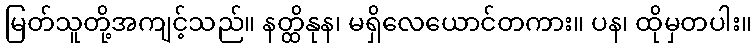
မြတ်သူတို့အကျင့်သည်။ နတ္ထိနုန၊ မရှိလေယောင်တကား။ ပန၊ ထိုမှတပါး။